Scientific memoirs by medical officers of the Army of India - Part V,
Year: 1890
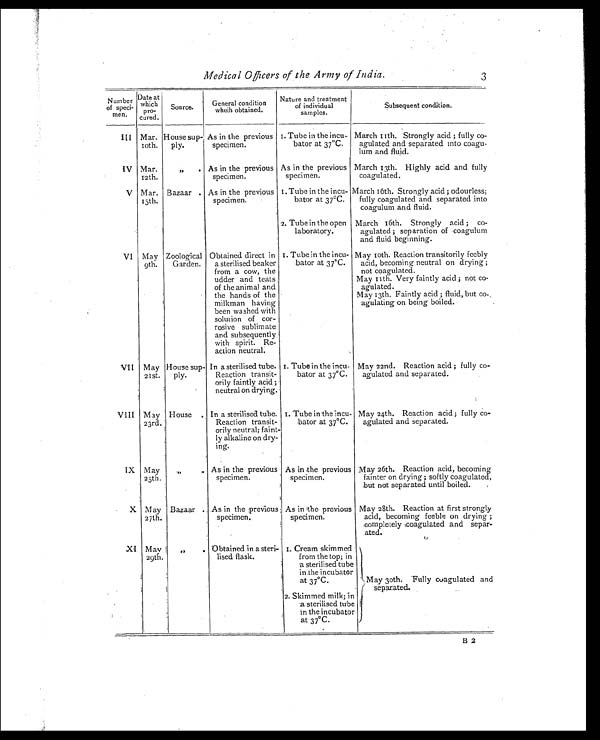
Medical Officers of the Army of India.
Number
of speci-
men.
Date at
which
pro-
cured.
Source.
General condition
wheih obtained.
Nature and treatment
of individual
samples.
Subsequent condition.
III Mar.
10th.
House sup-
ply.
As in the previous
specimen.
I. Tube in the incu-
bator at 37°C.
March 11th. Strongly acid ; fully co-
agulated and separated into coagu-
lum and fluid.
IV Mar.
12th.
,,
. As in the previous
specimen.
As in the previous
specimen.
March 13th. Highly acid and fully
coagulated.
V Mar.
15th.
Bazaar . As in the previous
specimen.
.
I. Tube in the incu-
bator at 37°C.
March 16th. Strongly acid ; odourless;
fully coagulated and separated into
coagulum and fluid.
2. Tube in the open
laboratory.
March 16th. Strongly acid ; co-
agulated ; separation of coagulum
and fluid beginning.
VI May
9th.
Zoological
Garden.
•
Obtained direct in
a sterilised beaker
from a cow, the
udder and teats
of the animal and
the hands of the
milkman having
been washed with
solution of cor-
rosive sublimate
and subsequently
with spirit. Re-
action neutral.
I. Tube in the incu-
bator at 37ºC.
May 10th. Reaction transitorily feebly
acid, becoming neutral on drying ;
not coagulated.
May 11th. Very faintly acid ; not co-
agulated.
May 13th. Faintly acid ;• f l u i d , b u t c o -
agulating on being boiled.
VII May
21St.
House sup-
ply.
In a sterilised tube.
Reaction transit-
orily faintly acid ;
neutral on drying.
I. Tube in the incu-
bator at 37°C.
May 22nd. Reaction acid ; fully co-
agulated and separated.
VIII May
23rd.
House . In a sterilised tube.
transit-
orily neutral; faint-
ly alkaline on dry-
ing.
I. Tube in the incu-
bator at 37°C.
May 24th. Reaction acid; fully co-
agulated and separated.
IX May
25th.
„
. As in the previous
specimen.
As in the previous
specimen.
May 26th. Reaction acid, becoming
fainter on drying ; softly coagulated,
but not separated until boiled.
X May
27th.
Bazaar . As in the previous
specimen.
As in the previous
specimen.
May 28th. Reaction at first strongly
acid, becoming feeble on drying ;
completely coagulated and separ-
ated.
XI May
29th.
,,
. Obtained in a steri-
lised flask.
I. Cream skimmed
from the top; in
a sterilised tube
in the incubator
at 37°C.
May 30th. 'Fully coagulated and
separated.
2. Skimmed milk; in
a sterilised tube
in the incubator
at 37°C.
3
B 2